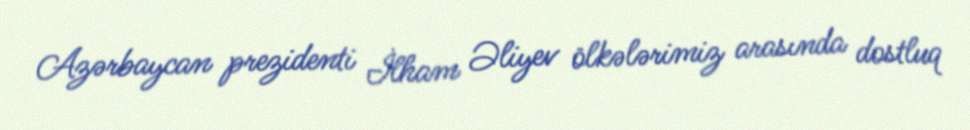
Azərbaycan prezidenti İlham Əliyev ölkələrimiz arasında dostluq